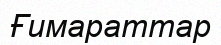
Ғимараттар